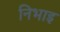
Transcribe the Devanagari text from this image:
निभाइ